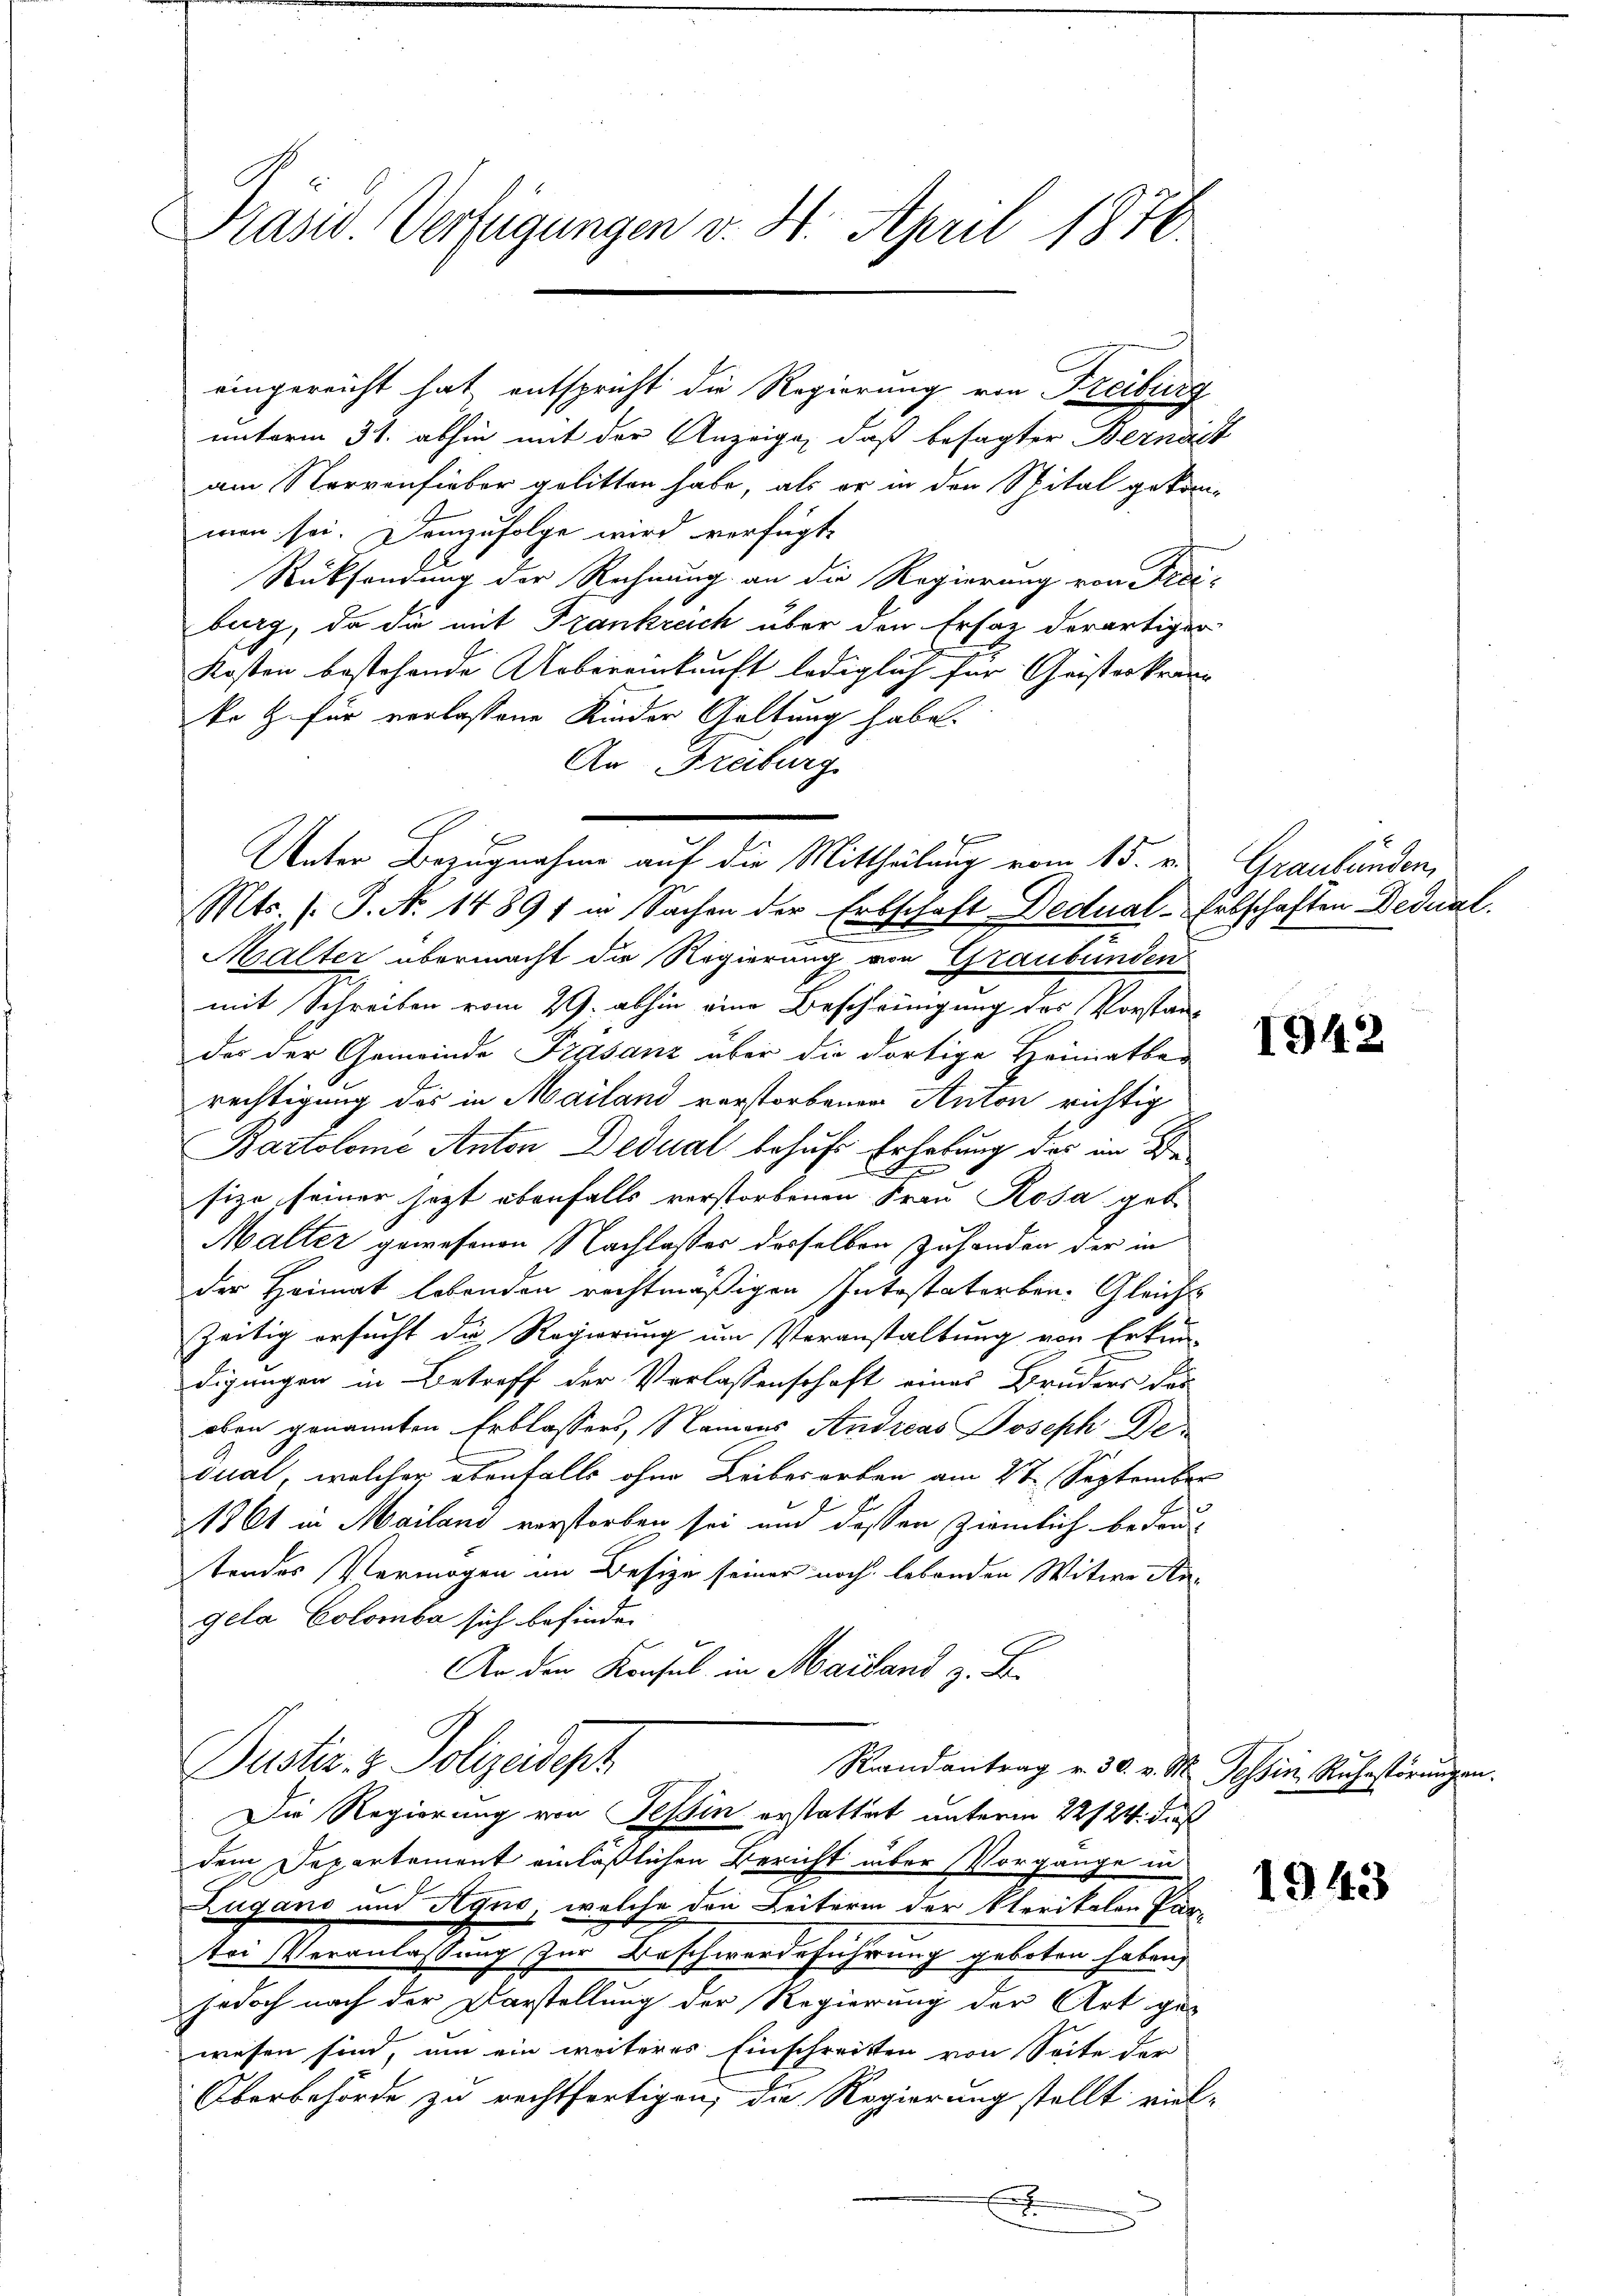
Prasis. Verfügungen v. 4. April 1876

eingereicht hat, entspricht die Regierung von Freiburg
unterm 31. abhin mit der Anzeige, daß besagter Bernist
am Nervenfieber gelitten habe, als er in den Spital gekommen sei. Demzufolge wird verfügt,
Rücksendung der Rechnung an die Regierung von Freiburg, da die mit Frankreich über den Ersatz derartiger
Kosten bestehende Uebereinkunft lediglich für Christerkränz
ke & für verlassene Kinder Geltung habe.
An Freiburg
Mts. (T. N. 14891 in Sachen der Erbschaft Dedual-Erbschaften Dedual
Malter übermacht die Regierung von Graubünden
mit Schreiben vom 29. abhin eine Beschringung des Vorstan-
des der Gemeinde Trasanz über die dortige Heimatber
rechtigung des in Mailand verstorbenen Anton richtig
Bartolome Anton Dedual behufs Erhebung des im De
size seiner jezt ebenfalls verstorbenen Frau Rosa geb.
Malter gewesenen Nachlasses derselben Zuhanden der in
der Heimat lebenden rechtmäßigen Intestatorben. Gleichs
zeitig ersucht die Regierung um Veranstaltung von Erkun-
digungen in Betreff der Verlassenschaft eines Bruders dar
oben genannten Erblassers, Namens Andreas Joseph Dedual, welcher ebenfalls ohne Leibesarben am 2t September
1861 in Mailand verstorben sei und dassen ziemlich bedruc
tendes Vermögen im Besize seiner noch lebenden Witwe Angela Colomba sich befinden
An den Konsul in Mailand z. B.
Puster. z. Polizeideph
Raandantrag v. 30. v. M. Tessin, Ruhestörungen
Die Regierung von Tessin erstattet unterm 22/24. dies
dem Departement einläßlichen Bericht über Vorgänge in
Zugano und Agno, welche den Leiterin der Klerikalen Par-
tei Veranlassung zur Beschwerdeführung geboten haben,
jedoch nach der Darstellung der Regierung der Art gewesen sind, um ein weiteres Einschreiten von Seite der
Oberbehörde zu rechtfertigen, die Regierung stellt viel-
E

Unter Bezugnahme auf die Mittheilung vom 15. u. Graubünden,

1942

1943